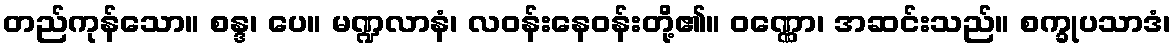
တည်ကုန်သော။ စန္ဒ၊ ပေ။ မဏ္ဍလာနံ၊ လဝန်းနေဝန်းတို့၏။ ဝဏ္ဏော၊ အဆင်းသည်။ စက္ခုပသာဒံ၊